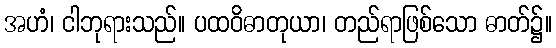
အဟံ၊ ငါဘုရားသည်။ ပထဝိဓာတုယာ၊ တည်ရာဖြစ်သော ဓာတ်၌။